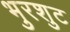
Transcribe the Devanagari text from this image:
भुरशुट